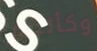
وكأنكم